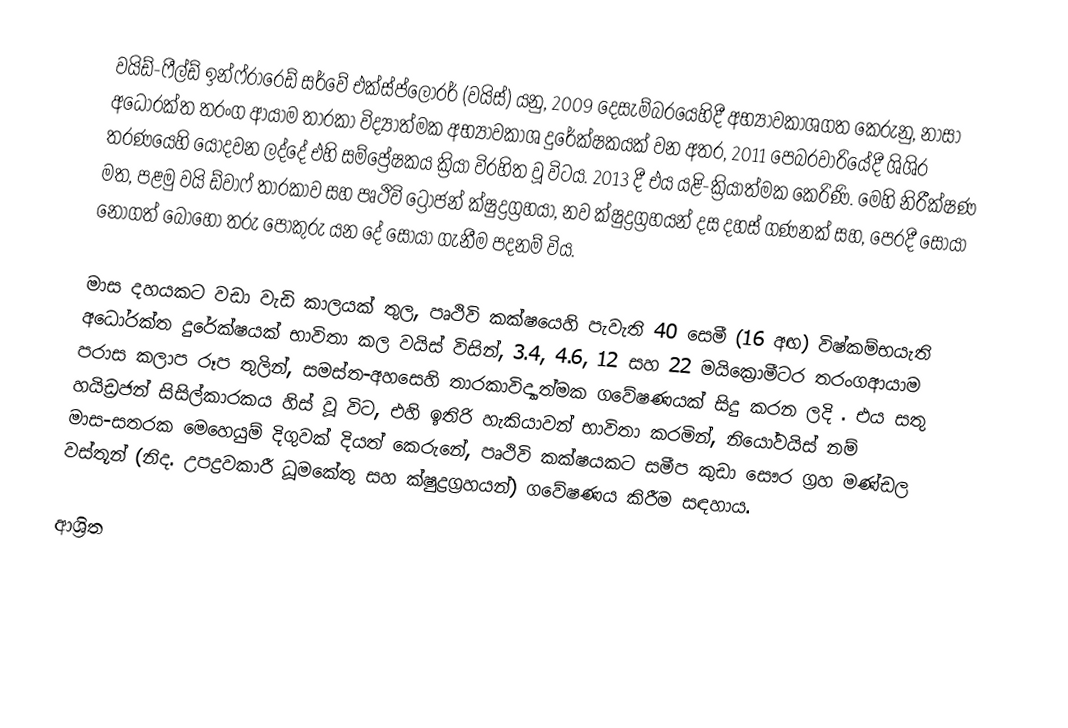
වයිඩ්-ෆීල්ඩ් ඉන්ෆ්රාරෙඩ් සර්වේ එක්ස්ප්ලෝරර් (වයිස්) යනු,  2009 දෙසැම්බරයෙහිදී අභ්‍යාවකාශගත කෙරුනු, නාසා අධෝරක්ත තරංග ආයාම තාරකා විද්‍යාත්මක අභ්‍යාවකාශ දුරේක්ෂකයක් වන අතර, 2011 පෙබරවාරියේදී ශිශිර තරණයෙහි යොදවන ලද්දේ එහි සම්ප්‍රේෂකය ක්‍රියා විරහිත වූ විටය. 2013 දී එය යළි-ක්‍රියාත්මක කෙරිණි. මෙහි නිරීක්ෂණ මත,  පළමු වයි ඩ්වාෆ් තාරකාව සහ පෘථිවි ට්‍රෝජන් ක්ෂුද්‍රග්‍රහයා, නව ක්ෂුද්‍රග්‍රහයන් දස දහස් ගණනක් සහ, පෙරදී සොයා නොගත් බොහෝ  තරු පොකුරු යන දේ සොයා ගැනීම පදනම් විය.

මාස දහයකට වඩා වැඩි කාලයක් තුල, පෘථිවි කක්ෂයෙහි පැවැති 40 සෙමී (16 අඟ) විෂ්කම්භයැති   අධෝරක්ත දුරේක්ෂයක් භාවිතා කල වයිස් විසින්, 3.4, 4.6, 12 සහ 22 මයික්‍රොමීටර තරංගආයාම පරාස කලාප රූප තුලින්, සමස්ත-අහසෙහි   තාරකාවිද්‍යාත්මක ගවේෂණයක් සිදු කරන ලදි . එය සතු හයිඩ්‍රජන් සිසිල්කාරකය හිස් වූ විට, එහි ඉතිරි හැකියාවන් භාවිතා කරමින්, නියෝවයිස් නම් මාස-සතරක මෙහෙයුම් දිගුවක්  දියත් කෙරුනේ,  පෘථිවි කක්ෂයකට සමීප කුඩා සෞර ග්‍රහ මණ්ඩල වස්තූන් (නිද. උපද්‍රවකාරී  ධූමකේතු සහ ක්ෂුද්‍රග්‍රහයන්) ගවේෂණය කිරීම සඳහාය.

ආශ්‍රිත